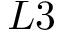
L 3